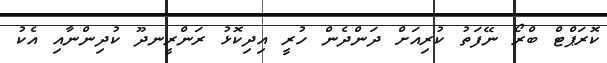
ކޮރަޕްޓް ބްރޯ ނޭފަތު ކުރިއަށް ދަންދެން ހުރީ އިދިކޮޅު ރަންރީނދޫ ކުދިންނާއި އެކު